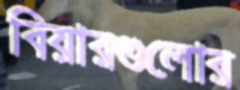
বিয়ারগুলোর